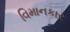
વિમાનકાર